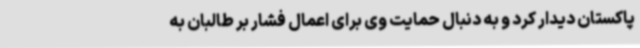
پاکستان دیدار کرد و به دنبال حمایت وی برای اعمال فشار بر طالبان به